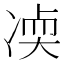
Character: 𫥒